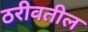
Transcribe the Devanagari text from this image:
ठरीवतील